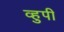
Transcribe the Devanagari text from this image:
व्हुपी